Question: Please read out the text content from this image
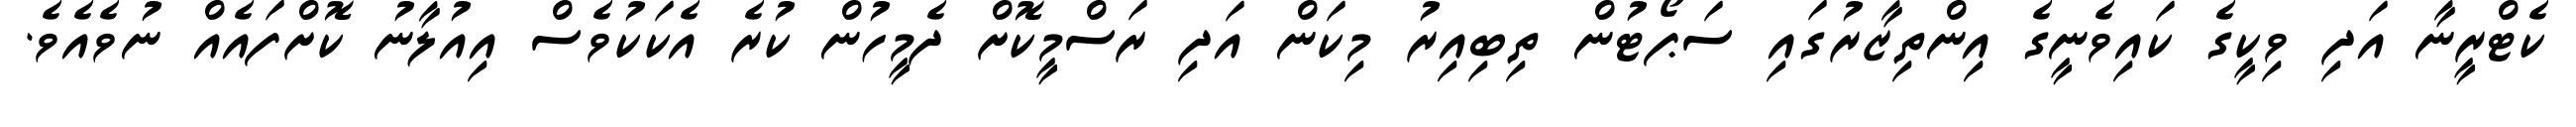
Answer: ކެޓްރީނާ އަދި ވިކީގެ ކައިވެނީގެ އިންތިޒާރުގައި ސަޕޯޓުން ތިބިއިރު މިކަން އަދި ރަސްމީކޮށް ދެމީހުން ކުރެ އެކަކުވެސް އިއުލާނު ކޮށްފައެއް ނުވެއެވެ.